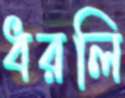
ধরলি